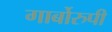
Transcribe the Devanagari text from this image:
गार्बोरुपी